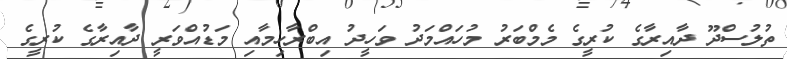
ތުލުސްދޫ ދާއިރާގެ ކުރީގެ މެމްބަރު މުހައްމަދު ވަހީދު އިބްރާހިމާއި މަޑުއްވަރީ ދާއިރާގެ ކުރީގެ